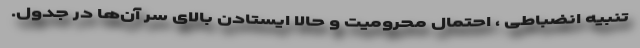
تنبیه انضباطی ، احتمال محرومیت و حالا ایستادن بالای سر آن‌ها در جدول.